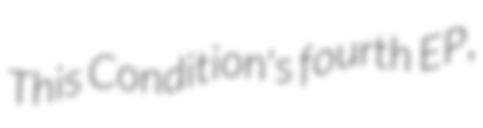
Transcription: This Condition's fourth EP,